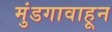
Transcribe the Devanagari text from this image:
मुंडगावाहून